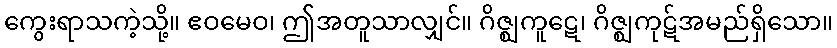
ကွေးရာသကဲ့သို့။ ဧဝမေဝ၊ ဤအတူသာလျှင်။ ဂိဇ္ဈကူဋေ၊ ဂိဇ္ဈကုဋ်အမည်ရှိသော။